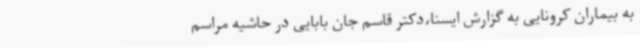
به بیماران کرونایی به گزارش ایسنا،دکتر قاسم جان بابایی در حاشیه مراسم